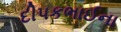
દીપકભાઈના